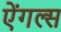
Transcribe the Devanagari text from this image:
ऐंगल्स